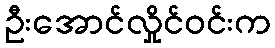
ဦးအောင်လှိုင်ဝင်းက